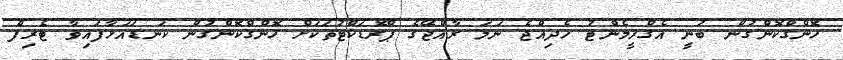
ހޮންގްކޮންގުން ބުނީ އެގްރީމެންޓު ހެދިއްޖެ ނަމަ ރާއްޖޭގެ ޕްރޮޑަކްޓުތަކަށް ހޮންގްކޮންގުން ކަނޑައަޅާފައިވާ ޓެރިފް